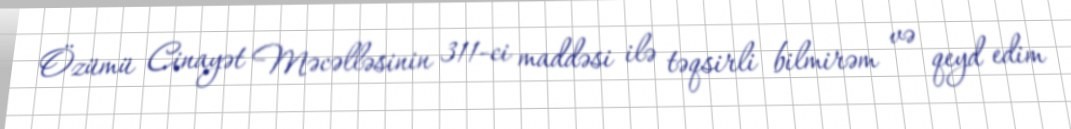
Özümü Cinayət Məcəlləsinin 311-ci maddəsi ilə təqsirli bilmirəm və qeyd edim